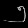
Digit: ၅